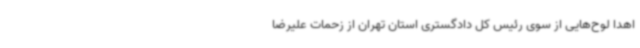
اهدا لوح‌هایی از سوی رئیس کل دادگستری استان تهران از زحمات علیرضا